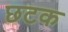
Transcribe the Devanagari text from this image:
छटक